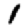
Digit: 1